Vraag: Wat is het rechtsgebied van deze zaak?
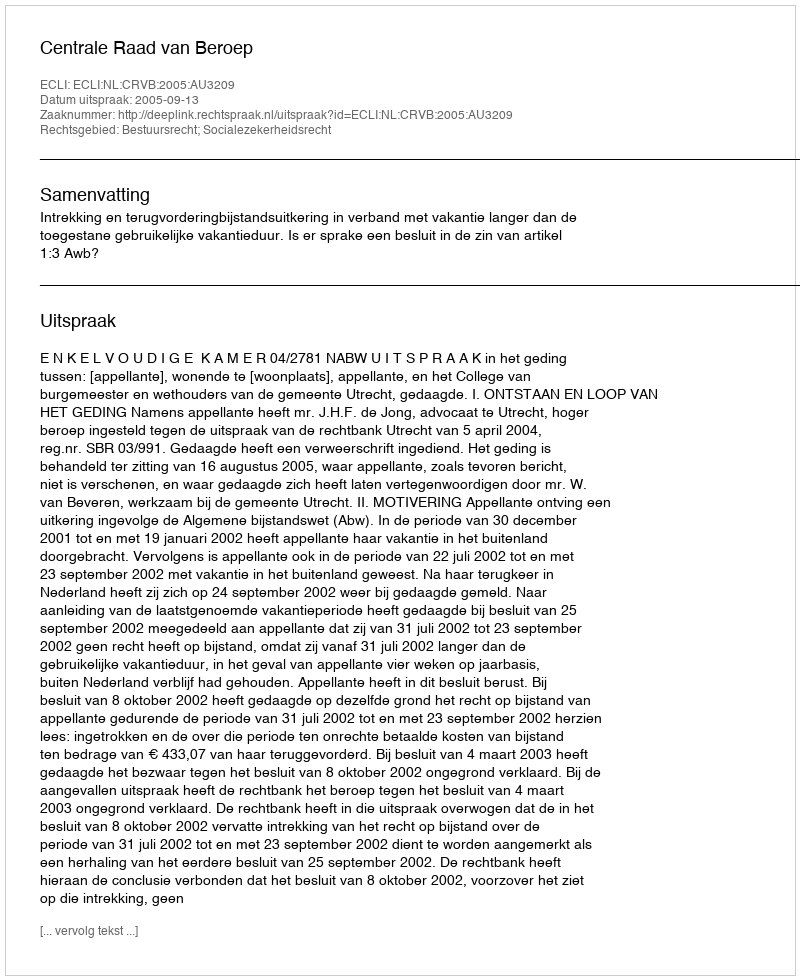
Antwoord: Bestuursrecht; Socialezekerheidsrecht